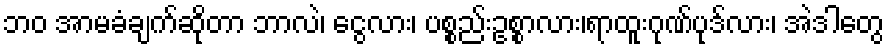
ဘဝ အာမခံချက်ဆိုတာ ဘာလဲ၊ ငွေလား၊ ပစ္စည်းဥစ္စာလား၊ရာထူးဂုဏ်ပုဒ်လား၊ အဲဒါတွေ